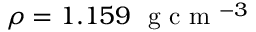
\rho = 1 . 1 5 9 ~ \mathrm { ~ g ~ c ~ m ~ } ^ { - 3 }